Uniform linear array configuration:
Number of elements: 16
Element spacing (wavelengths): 0.5
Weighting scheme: kaiser
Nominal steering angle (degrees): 0
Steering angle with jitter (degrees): -1.199
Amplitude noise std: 0.05
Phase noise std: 0.05

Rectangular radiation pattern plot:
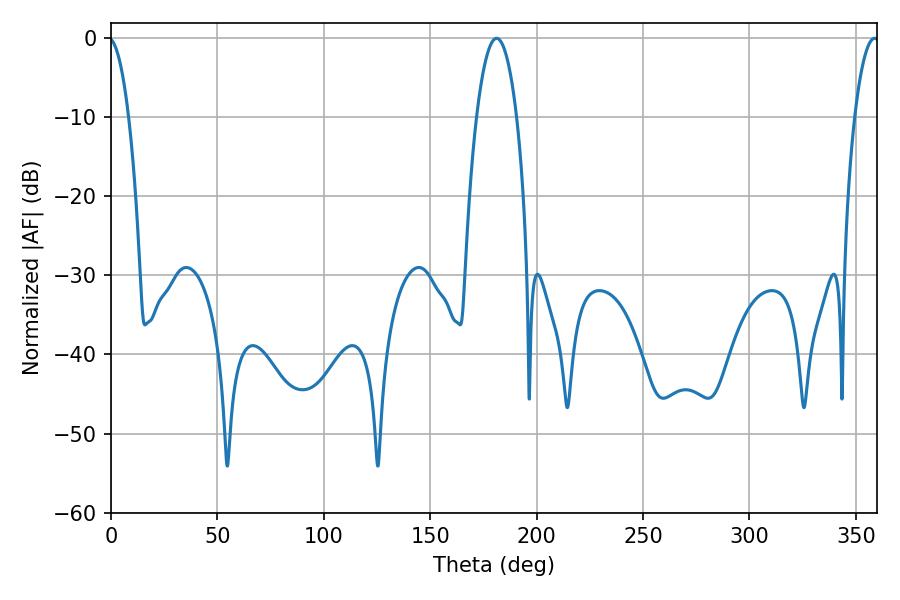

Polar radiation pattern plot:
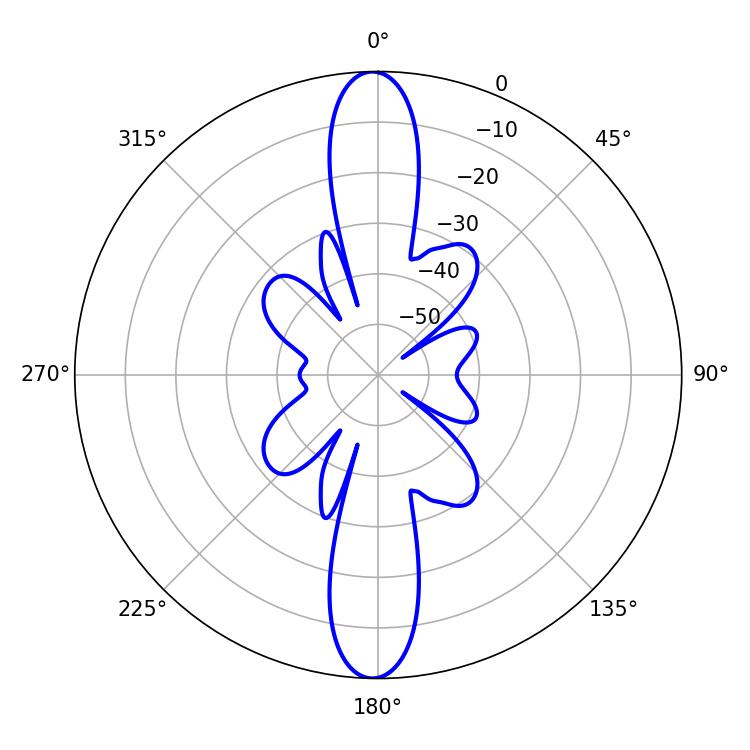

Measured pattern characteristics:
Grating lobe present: FALSE
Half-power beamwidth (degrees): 10.62
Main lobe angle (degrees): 181.26